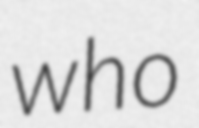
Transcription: who